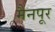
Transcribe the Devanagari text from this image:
मैनपूर